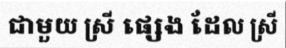
ជាមួយ ស្រី ផ្សេង ដែល ស្រី